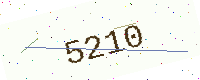
Text: 5210